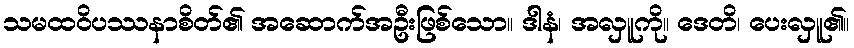
သမထဝိပဿနာစိတ်၏ အဆောက်အဦးဖြစ်သော။ ဒါနံ၊ အလှူကို။ ဒေတိ၊ ပေးလှူ၏။